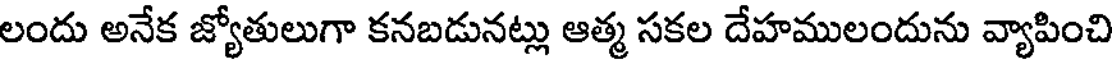
లందు అనేక జ్యోతులుగా కనబడునట్లు ఆత్మ సకల దేహములందును వ్యాపించి